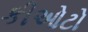
કીઓટો